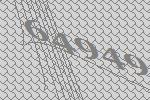
64949